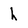
Character: h